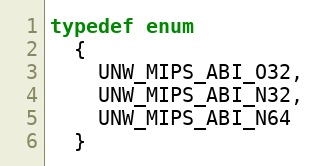
Language: C
typedef enum
  {
    UNW_MIPS_ABI_O32,
    UNW_MIPS_ABI_N32,
    UNW_MIPS_ABI_N64
  }